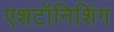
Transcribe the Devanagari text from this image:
एशटॉनिशिंग